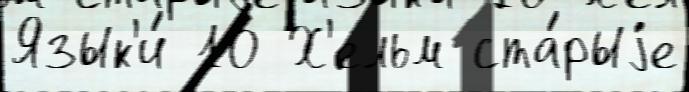
Язык'и́ 10 Х'ельм ста́рыjе